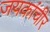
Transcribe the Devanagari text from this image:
जयकांचीर